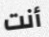
أنت